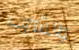
والشرب